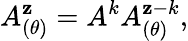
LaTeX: A_{(\theta)}^{\mathbf{z}}=A^{k}A_{(\theta)}^{\mathbf{z}-k},